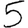
Digit: 5